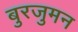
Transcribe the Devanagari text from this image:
बुरजुमन